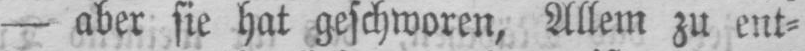
- aber sie hat geschworen. Allem zu ent⸗